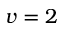
v = 2